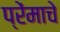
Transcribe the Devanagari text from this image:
प्रेंमाचे